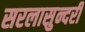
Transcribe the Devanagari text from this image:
सरलासुन्दरी